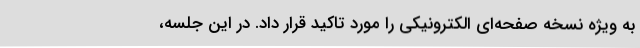
به ویژه نسخه صفحه‌ای الکترونیکی را مورد تاکید قرار داد. در این جلسه،